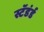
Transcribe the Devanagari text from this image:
स्टॅडंर्ड